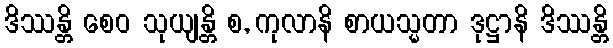
ဒိဿန္တိ စေဝ သုယျန္တိ စ, ကုလာနိ စာယသ္မတာ ဒုဋ္ဌာနိ ဒိဿန္တိ